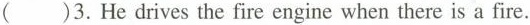
( )3.He drives the fire engine when there is a fire.